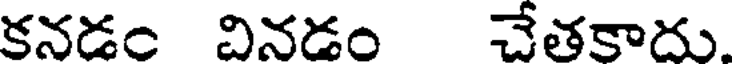
కనడం వినడం చేతకాదు.